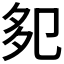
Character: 𭅹